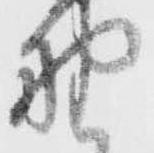
野